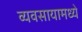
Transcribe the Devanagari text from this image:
व्यवसायामध्ये